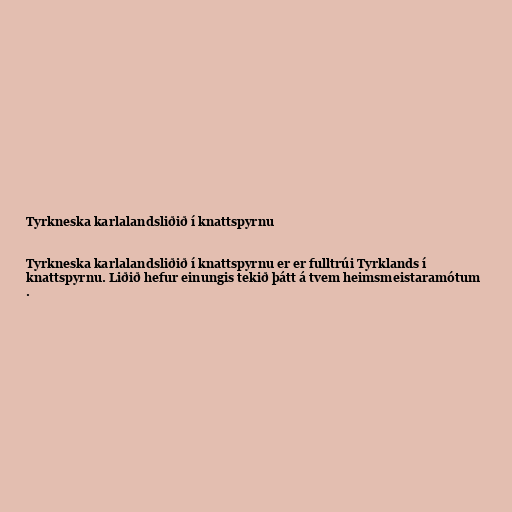
Tyrkneska karlalandsliðið í knattspyrnu

Tyrkneska karlalandsliðið í knattspyrnu er er fulltrúi Tyrklands í
knattspyrnu. Liðið hefur einungis tekið þátt á tvem heimsmeistaramótum
.